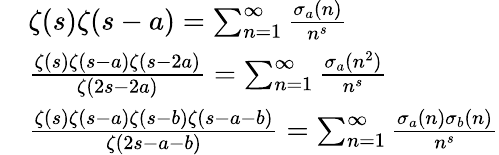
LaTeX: {\begin{array}{rl}&{\zeta(s)\zeta(s-a)=\sum_{n=1}^{\infty}{\frac{\sigma_{a}(n)}{n^{s}}}}\\ &{{\frac{\zeta(s)\zeta(s-a)\zeta(s-2a)}{\zeta(2s-2a)}}=\sum_{n=1}^{\infty}{\frac{\sigma_{a}(n^{2})}{n^{s}}}}\\ &{{\frac{\zeta(s)\zeta(s-a)\zeta(s-b)\zeta(s-a-b)}{\zeta(2s-a-b)}}=\sum_{n=1}^{\infty}{\frac{\sigma_{a}(n)\sigma_{b}(n)}{n^{s}}}}\end{array}}